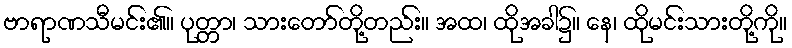
ဗာရာဏသီမင်း၏။ ပုတ္တာ၊ သားတော်တို့တည်း။ အထ၊ ထိုအခါ၌။ နေ၊ ထိုမင်းသားတို့ကို။